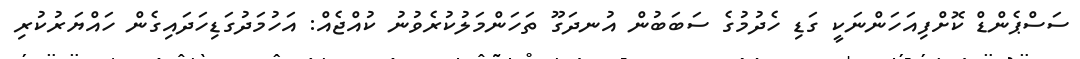
ސަސްޕެންޑް ކޮށްފިއަހަންނަކީ ގަޑި ހެދުމުގެ ސަބަބުން އުނދަގޫ ތަހަންމަލުކުރެވުނު ކުއްޖެއް: އަހުމަދުގަޑިހަދައިގެން ހައްޔަރުކުރި